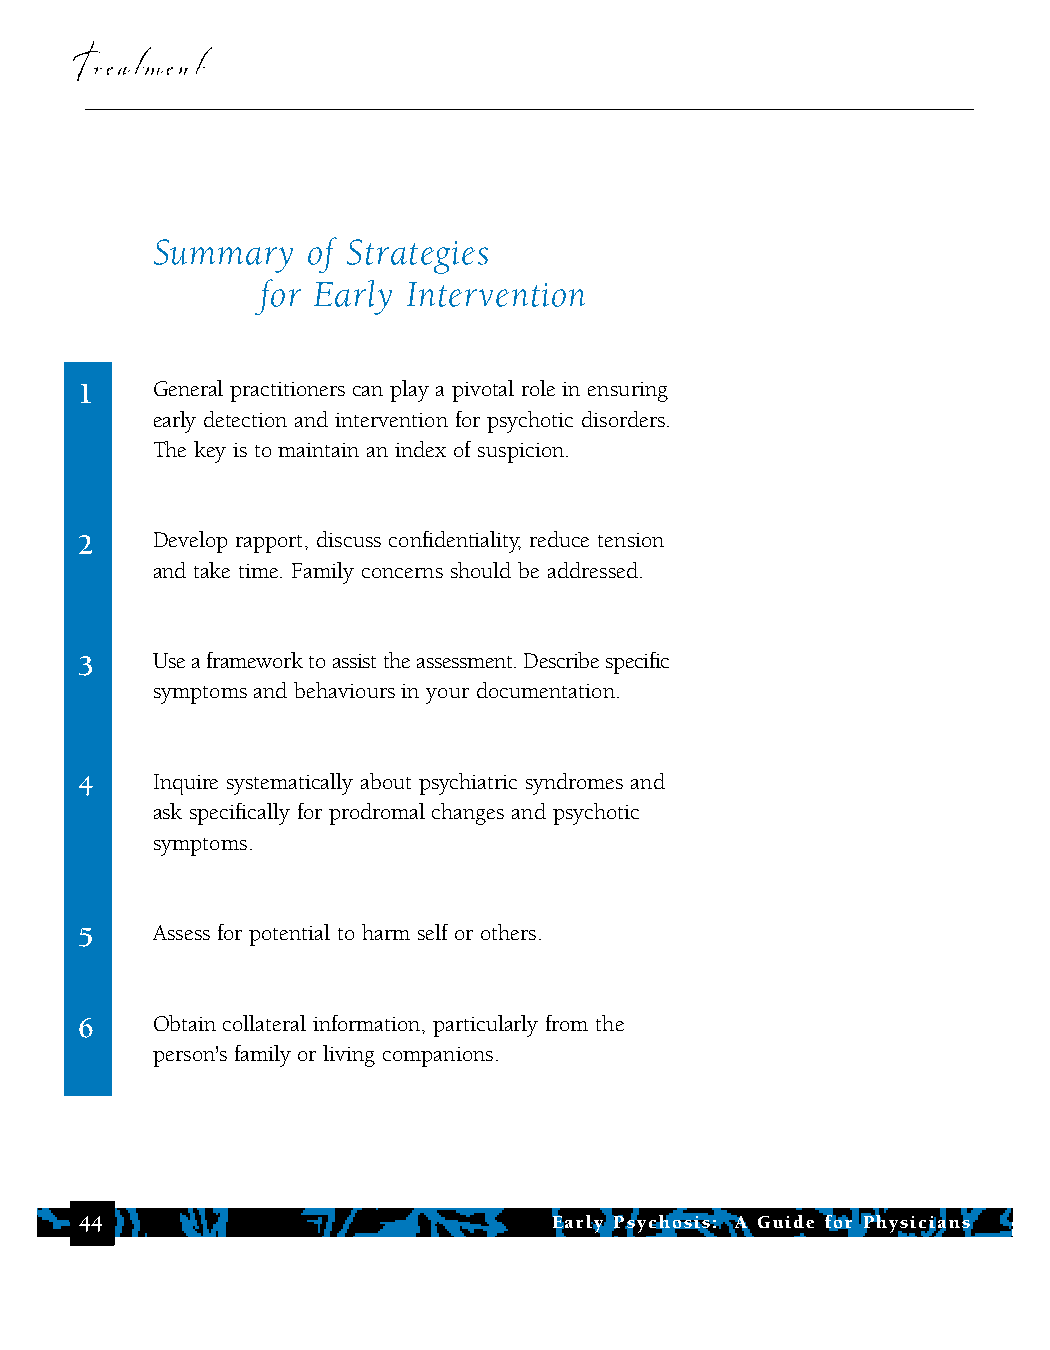
Treatment
 Summary   of Strategies
 for Early Intervention
 1    General practitioners can play a pivotal role in ensuring
 early detection and intervention for psychotic disorders.
 The key is to maintain an index of suspicion.
 2    Develop rapport, discuss confidentiality, reduce tension
 and take time. Family concerns should be addressed.
 3    Use a framework to assist the assessment. Describe specific
 symptoms and behaviours in your documentation.
 4    Inquire systematically about psychiatric syndromes and
 ask specifically for prodromal changes and psychotic
 symptoms.
 5    Assess for potential to harm self or others.
 6    Obtain collateral information, particularly from the
 person's family or living companions.
 44                              Early Psychosis: A Guide for Physicians